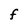
Character: F